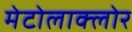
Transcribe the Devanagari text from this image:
मेटोलाक्‍लोर